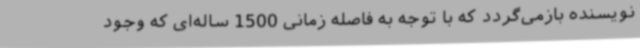
نویسنده بازمی‌گردد که با توجه به فاصله زمانی 1500 ساله‌ای که وجود